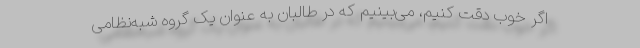
اگر خوب دقت کنیم، می‌بینیم که در طالبان به عنوان یک گروه شبه‌نظامی